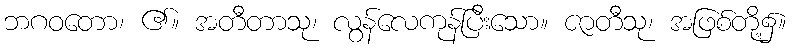
ဘဂဝတော၊ ၏။ အတီတာသု၊ လွန်လေကုန်ပြီးသော။ ဇာတီသု၊ အဖြစ်တို့၌။